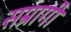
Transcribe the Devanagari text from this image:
सम्रागी